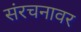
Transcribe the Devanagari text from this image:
संरचनावर